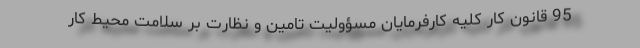
95 قانون کار کلیه کارفرمایان مسؤولیت تامین و نظارت بر سلامت محیط کار